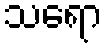
သရော